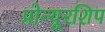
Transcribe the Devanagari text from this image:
प्रोन्‍यूरशिप